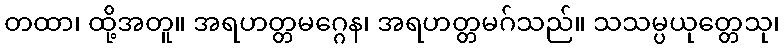
တထာ၊ ထို့အတူ။ အရဟတ္တမဂ္ဂေန၊ အရဟတ္တမဂ်သည်။ သသမ္ပယုတ္တေသု၊